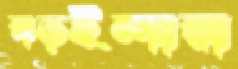
বড়ইন্দারা